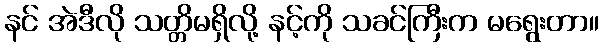
နင် အဲဒီလို သတ္တိမရှိလို့ နင့်ကို သခင်ကြီးက မရွေးတာ။